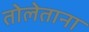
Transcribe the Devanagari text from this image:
तोलेताना